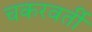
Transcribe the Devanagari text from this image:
चकरवर्ती